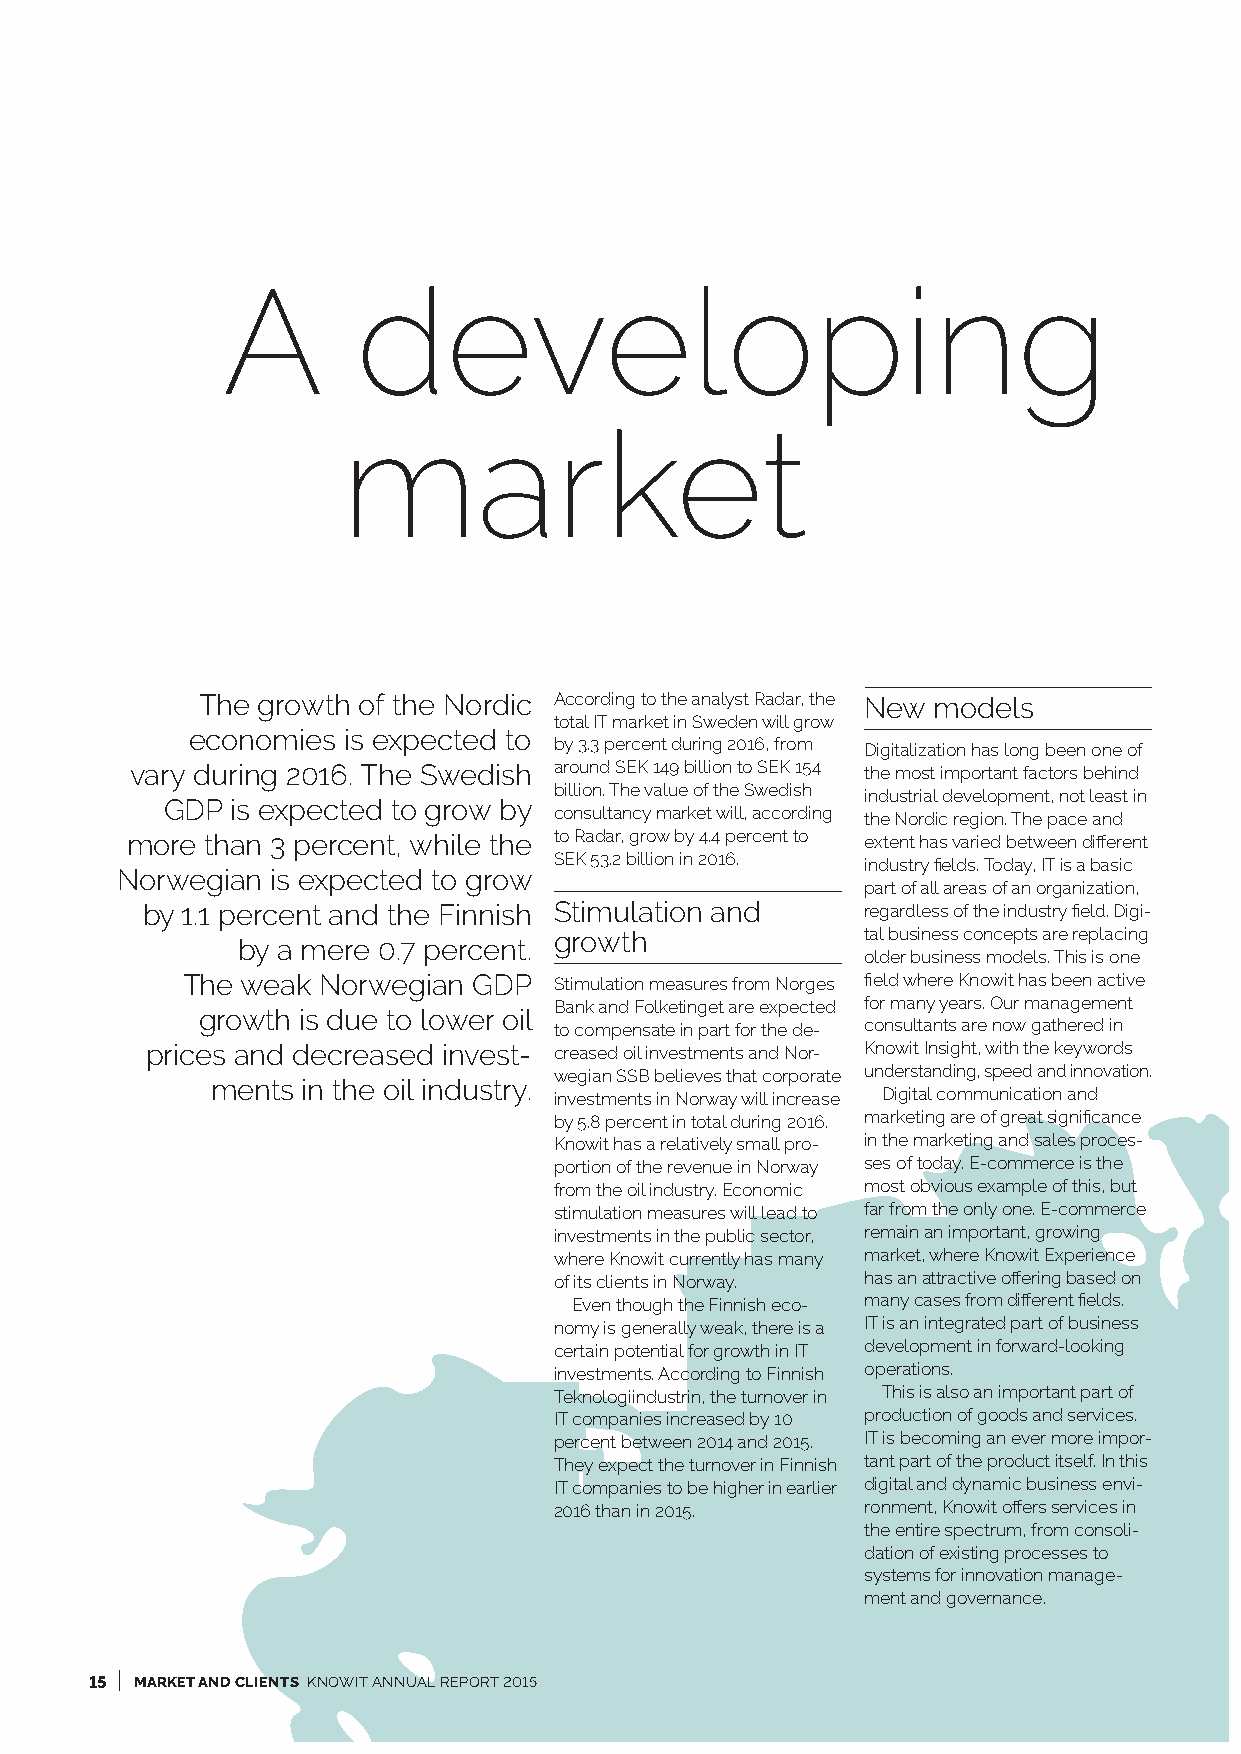
A        developing
 market
 The growth of the Nordic According to the analyst Radar, the New models
 total IT market in Sweden will grow
 economies is expected to
 by 3.3 percent during 2016, from Digitalization has long been one of
 vary during 2016. The Swedish around SEK 149 billion to SEK 154 the most important factors behind
 billion. The value of the Swedish industrial development, not least in
 GDP is expected to grow by
 consultancy market will, according the Nordic region. The pace and
 more  than 3 percent, while the to Radar, grow by 4.4 percent to extent has varied between different
 SEK 53.2 billion in 2016. industry fields. Today, IT is a basic
 Norwegian is expected to grow
 part of all areas of an organization,
 by 1.1 percent and the Finnish Stimulation and  regardless of the industry field. Digi-
 growth              tal business concepts are replacing
 by a mere 0.7 percent.
 older business models. This is one
 The weak Norwegian GDP   Stimulation measures from Norges field where Knowit has been active
 Bank and Folketinget are expected for many years. Our management
 growth is due to lower oil
 to compensate in part for the de- consultants are now gathered in
 prices and decreased invest- creased oil investments and Nor- Knowit Insight, with the keywords
 wegian SSB believes that corporate understanding, speed and innovation.
 ments in the oil industry.
 investments in Norway will increase Digital communication and
 by 5.8 percent in total during 2016. marketing are of great significance
 Knowit has a relatively small pro- in the marketing and sales proces-
 portion of the revenue in Norway ses of today. E-commerce is the
 from the oil industry. Economic most obvious example of this, but
 stimulation measures will lead to far from the only one. E-commerce
 investments in the public sector, remain an important, growing
 where Knowit currently has many market, where Knowit Experience
 of its clients in Norway. has an attractive offering based on
 Even though the Finnish eco- many cases from different fields.
 nomy is generally weak, there is a IT is an integrated part of business
 certain potential for growth in IT development in forward-looking
 investments. According to Finnish operations.
 Teknologiindustrin, the turnover in This is also an important part of
 IT companies increased by 10 production of goods and services.
 percent between 2014 and 2015. IT is becoming an ever more impor-
 They expect the turnover in Finnish tant part of the product itself. In this
 IT companies to be higher in earlier digital and dynamic business envi-
 2016 than in 2015.  ronment, Knowit offers services in
 the entire spectrum, from consoli-
 dation of existing processes to
 systems for innovation manage-
 ment and governance.
 I
 15 MARKET AND CLIENTS KNOWIT ANNUAL REPORT 2015